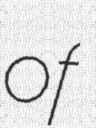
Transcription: of